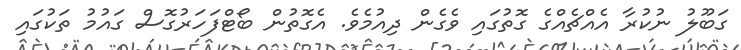
ގަބޫލު ނުކުރާ އެއްޗެއްގެ ގޮތުގައި ވެގެން ދިއުމެވެ. އެގޮތުން ބޯޓްފަހަރުގޮސް ގައުމު ތަކުގައި